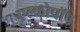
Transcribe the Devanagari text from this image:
एल्कोपॉप